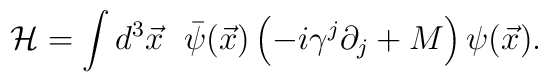
{\cal H} = \int d^3{\vec x} \hspace{0.1in}\bar{\psi}({\vec x})\left( -i \gamma^{j} \partial_{j} + M \right)\psi({\vec x}).